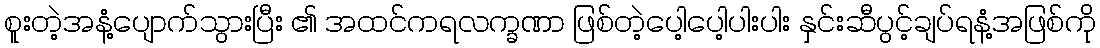
စူးတဲ့အနံ့ပျောက်သွားပြီး ၏ အထင်ကရလက္ခဏာ ဖြစ်တဲ့ပေါ့ပေါ့ပါးပါး နှင်းဆီပွင့်ချပ်ရနံ့အဖြစ်ကို